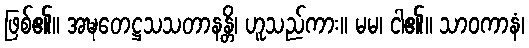
ဖြစ်၏။ အဍ္ဎတေဋ္ဌသသတာနန္တိ၊ ဟူသည်ကား။ မမ၊ ငါ၏။ သာဝကာနံ၊